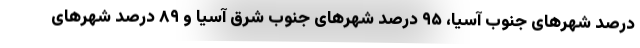
درصد شهرهای جنوب آسیا، ۹۵ درصد شهرهای جنوب شرق آسیا و ۸۹ درصد شهرهای